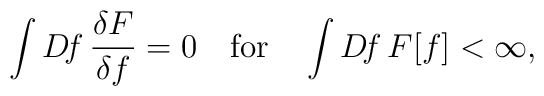
\int D\!f\,\frac{\delta F}{\delta f} = 0~~~{\rm for}~~~\int D\!f\,F[f] < \infty ,